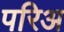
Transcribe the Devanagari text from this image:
परिअ